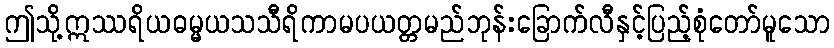
ဤသို့ဣဿရိယဓမ္မယသသီရိကာမပယတ္တမည်ဘုန်းခြောက်လီနှင့်ပြည့်စုံတော်မူသော